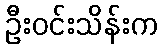
ဦးဝင်းသိန်းက